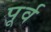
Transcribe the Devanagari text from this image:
पूर्व